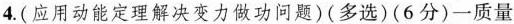
4.(应用动能定理解决变力做功问题)(多选)(6分)一质量